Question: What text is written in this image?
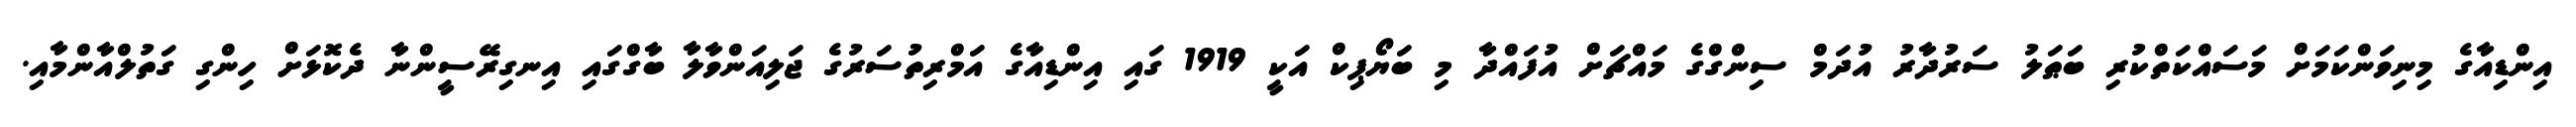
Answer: އިންޑިއާގެ މިނިވަންކަމަށް މަސައްކަތްކުރި ބަޠަލު ސަރުދާރު އުދަމް ސިންގްގެ މައްޗަށް އުފައްދާ މި ބަޔޯޕިކް އަކީ 1919 ގައި އިންޑިއާގެ އަމްރިތުސަރުގެ ޖަލިއަންވާލާ ބާގްގައި އިނގިރޭސީންނާ ދެކޮޅަށް ހިންގި ގަތުލްއާންމާއި.